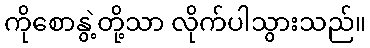
ကိုစောနွဲ့တို့သာ လိုက်ပါသွားသည်။